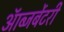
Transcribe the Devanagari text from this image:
ऑब्जर्बेटरी